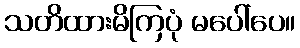
သတိထားမိကြပုံ မပေါ်ပေ။